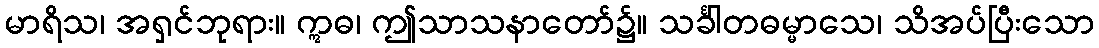
မာရိသ၊ အရှင်ဘုရား။ ဣဓ၊ ဤသာသနာတော်၌။ သင်္ခါတဓမ္မာသေ၊ သိအပ်ပြီးသော